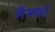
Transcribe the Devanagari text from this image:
मैमयो